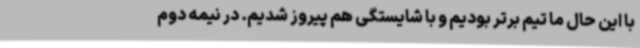
با این حال ما تیم برتر بودیم و با شایستگی هم پیروز شدیم. در نیمه دوم